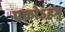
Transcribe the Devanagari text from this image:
एकोऽहम्